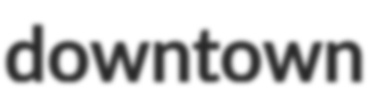
downtown